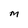
Character: M